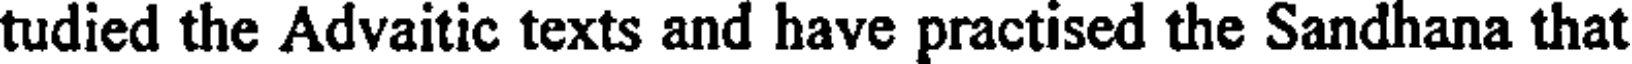
tudied the Advaitic texts and have practised the Sandhana that